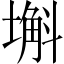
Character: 𡐗